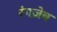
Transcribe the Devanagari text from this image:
रंगज़ेब